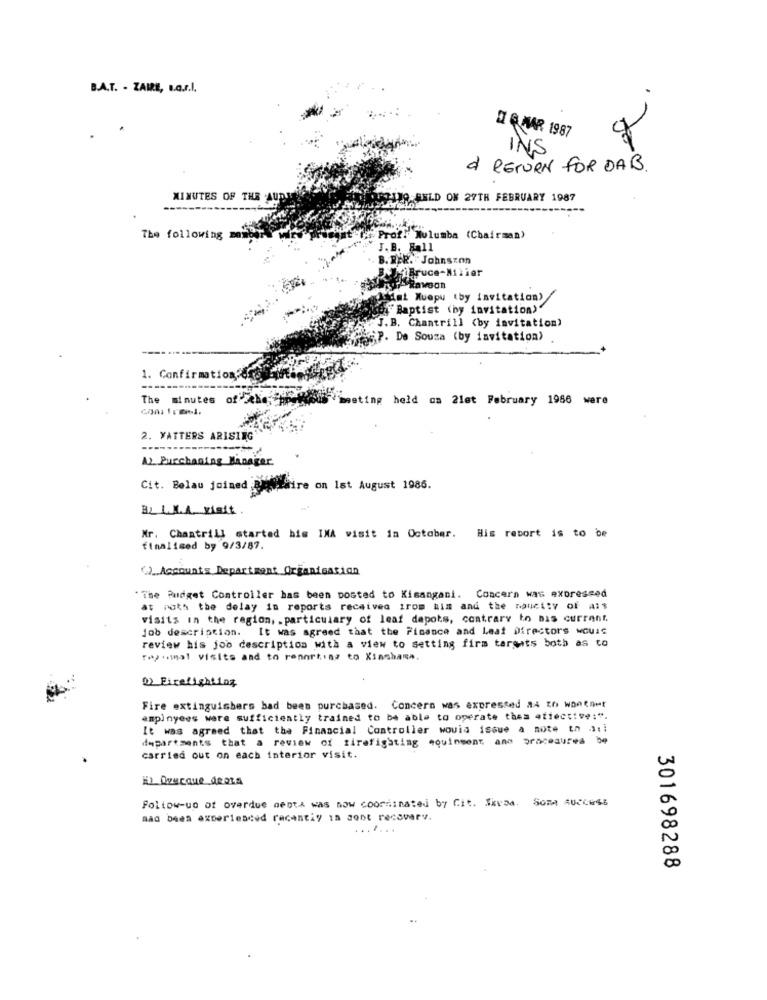
B.A.T. - ZAHL, s.r.l.
DI Q MAR 1987
INS
d' RETURN FOR DAB.
MINUTES OF THE AUD
JUP HELD ON 27TH FEBRUARY 1987
The following
Prof. Nulumba (Chairman)
J.B. Hall
B. RER. Johnson
Rawson
dmi Muepu (by invitation)
Di Baptist (by invitation)"
J.B. Chantrill (by invitation)
S.P. De Souza (by invitation)
Irmation drogi
1. Conf
The minutes of their
ting held on 2let February 1956 were
2. MATTERS ARISING'
A> Purchasing Manager.
Cit. Belau joined Biffaire on Ist August 1986.
By L.M.A. visit.
Mr. Chantrill started his INA visit in October. His report is to be
finalised by 9/3/87.
() Accounts Department Organisation
The Pudget Controller has been posted to Kisangani. Concern was expressed
at noth the delay in reports received irom him and the Maucity of Al$
visits in the region, . particulary of leaf depots, contrary to nis current.
job description. It was agreed that the Finance and Leaf Directors would
review his job description with a view to setting firm targets both as to
Tap ummal visits and to reporting to Xiachama.
2) Firefighting
Fire extinguishers bad been purchased. Concern was expressed a4 th wanthet
ampinyees were sufficiently trained to be able to operate thea effective:".
It was agreed that the Financial Controller would issue a note tn .3 :!
departments that a review of firefighting equipment, ano pracesures be
carried out on each interior visit.
1) Overque deora
Follow-up of overdue menta was now coordinated by Cit. Skvaa. Som AUCCess
nad been experienced recently in sont recovery.
........
301698288